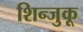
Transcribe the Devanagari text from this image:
शिन्जुकू